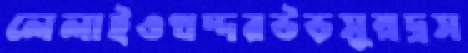
লেলাইওখদ্দরউড়সুম্রদ্রস